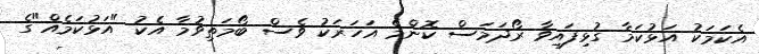
އެކަމަކު އަޅުކަމާ ގުޅިފައިވާ ރޯދަމަސް ކޮންމެ އަހަރަކު ވެސް ބޯމަތިވުމާ އެކު "އަޅުކަމެއް"ގެ